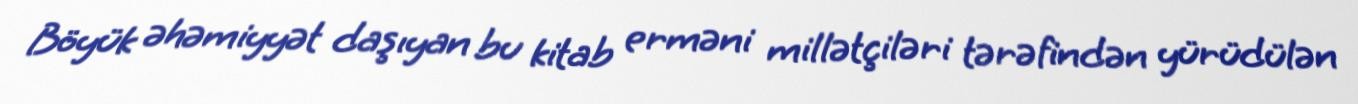
Böyük əhəmiyyət daşıyan bu kitab erməni millətçiləri tərəfindən yürüdülən